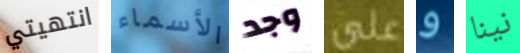
انتهيتي الأسماء وجد على و نينا